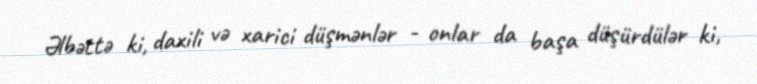
Əlbəttə ki, daxili və xarici düşmənlər - onlar da başa düşürdülər ki,